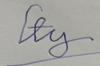
Signature authenticity: forged